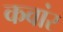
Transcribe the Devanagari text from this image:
कवांर